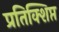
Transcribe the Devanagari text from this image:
प्रतिक्शिप्त